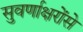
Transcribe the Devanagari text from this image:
सुवर्णाक्षरोंसे